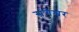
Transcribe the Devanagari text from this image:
संगेश्वर